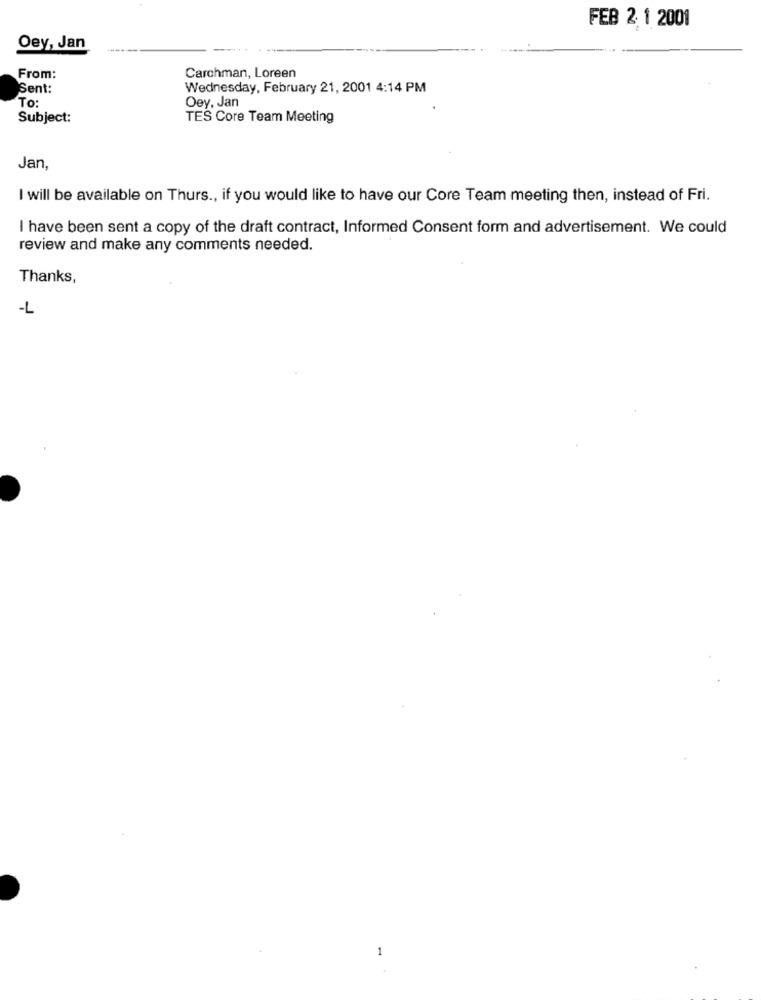
FEB 2: 1 2001
Oey, Jan
From:
Carchman, Loreen
Sent:
Wednesday, February 21, 2001 4:14 PM
To:
Oey, Jan
Subject:
TES Core Team Meeting
Jan,
I will be available on Thurs ., if you would like to have our Core Team meeting then, instead of Fri.
I have been sent a copy of the draft contract, Informed Consent form and advertisement. We could
review and make any comments needed.
Thanks,
-L
1